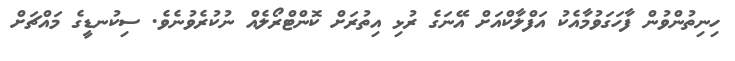
ހިނިތުންވުން ފާހަގަވުމާއެކު އަފްލާކްއަށް އޭނަގެ ރުޅި އިތުރަށް ކޮންޓްރޯލެއް ނުކުރެވުނެވެ. ސިކުނޑީގެ މައްޗަށް